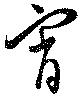
宵